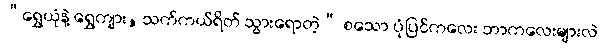
“ရွှေယုံနဲ့ ရွှေကျား, သက်ကယ်ရိတ် သွားရောတဲ့” စသော ပုံပြင်ကလေး ဘာကလေးများလဲ